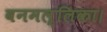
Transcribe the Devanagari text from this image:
वनमल्लिका।